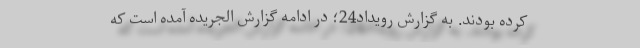
کرده بودند. به گزارش رویداد24؛ در ادامه گزارش الجریده آمده است که